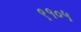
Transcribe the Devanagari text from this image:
९१०५